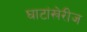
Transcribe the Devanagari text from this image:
घाटांखेरीज